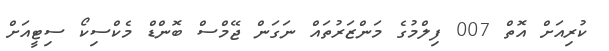
ކުރިއަށް އޮތް 007 ފިލްމުގެ މަންޒަރުތައް ނަގަން ޖޭމްސް ބޮންޑް މެކްސިކޯ ސިޓީއަށް